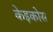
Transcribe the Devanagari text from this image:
केइकोस